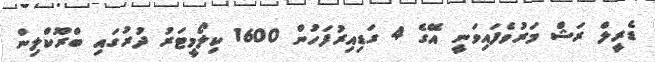
ޑެރީލް ރަޝް މަރުވެފައިވަނީ އޭގެ 4 ގަޑިއިރުފަހުން 1600 ކިލޯމީޓަރު ދުރުގައި ބްރޫކްލިން